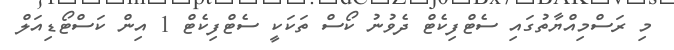
މި ރަސްމިއްޔާތުގައި ސެޓްފިކެޓް ދެވުނު ކޯސް ތަކަކީ ސެޓްފިކެޓް 1 އިން ކަސްޓޯޑިއަލް